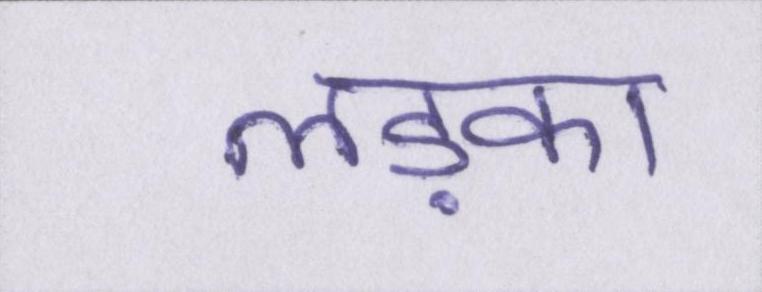
लड़का